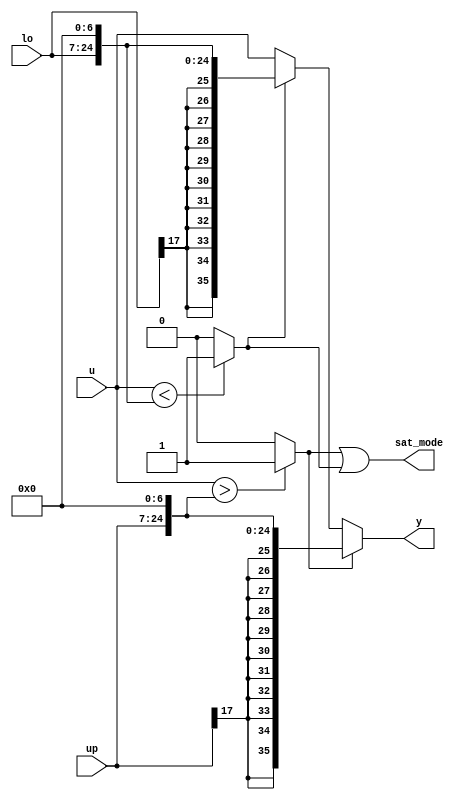
// -------------------------------------------------------------
// 
// 
// Generated by MATLAB 8.2 and HDL Coder 3.3
// 
// -------------------------------------------------------------


// -------------------------------------------------------------
// 
// Module: velocityControlHdl_Dynamic_Saturation_block1
// Source Path: velocityControlHdl/Control_Velocity/Rotor_Velocity_Control/PI_Sat/Dynamic Saturation
// Hierarchy Level: 7
// 
// -------------------------------------------------------------

`timescale 1 ns / 1 ns

module velocityControlHdl_Dynamic_Saturation_block1
          (
           up,
           u,
           lo,
           y,
           sat_mode
          );


  input   signed [17:0] up;  // sfix18_En15
  input   signed [35:0] u;  // sfix36_En22
  input   signed [17:0] lo;  // sfix18_En15
  output  signed [35:0] y;  // sfix36_En22
  output  sat_mode;


  wire signed [35:0] LowerRelop1_1_cast;  // sfix36_En22
  wire LowerRelop1_relop1;
  wire signed [35:0] UpperRelop_1_cast;  // sfix36_En22
  wire UpperRelop_relop1;
  wire signed [35:0] lo_dtc;  // sfix36_En22
  wire signed [35:0] Switch_out1;  // sfix36_En22
  wire signed [35:0] up_dtc;  // sfix36_En22
  wire signed [35:0] Switch2_out1;  // sfix36_En22
  wire LowerRelop1_out1;


  // <S33>/LowerRelop1
  assign LowerRelop1_1_cast = {{11{up[17]}}, {up, 7'b0000000}};
  assign LowerRelop1_relop1 = (u > LowerRelop1_1_cast ? 1'b1 :
              1'b0);



  // <S33>/UpperRelop
  assign UpperRelop_1_cast = {{11{lo[17]}}, {lo, 7'b0000000}};
  assign UpperRelop_relop1 = (u < UpperRelop_1_cast ? 1'b1 :
              1'b0);



  assign lo_dtc = {{11{lo[17]}}, {lo, 7'b0000000}};



  // <S33>/Switch
  assign Switch_out1 = (UpperRelop_relop1 == 1'b0 ? u :
              lo_dtc);



  assign up_dtc = {{11{up[17]}}, {up, 7'b0000000}};



  // <S33>/Switch2
  assign Switch2_out1 = (LowerRelop1_relop1 == 1'b0 ? Switch_out1 :
              up_dtc);



  assign y = Switch2_out1;

  // <S33>/Logical Operator
  assign LowerRelop1_out1 = LowerRelop1_relop1 | UpperRelop_relop1;



  assign sat_mode = LowerRelop1_out1;

endmodule  // velocityControlHdl_Dynamic_Saturation_block1